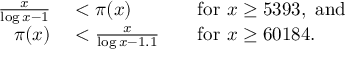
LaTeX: \begin{array} { r l r l } { { \frac { x } { \log x - 1 } } } & { { } < \pi ( x ) } & { } & { { } { \mathrm { f o r ~ } } x \geq 5 3 9 3 , { \mathrm { ~ a n d } } } \\ { \pi ( x ) } & { { } < { \frac { x } { \log x - 1 . 1 } } } & { } & { { } { \mathrm { f o r ~ } } x \geq 6 0 1 8 4 . } \end{array}